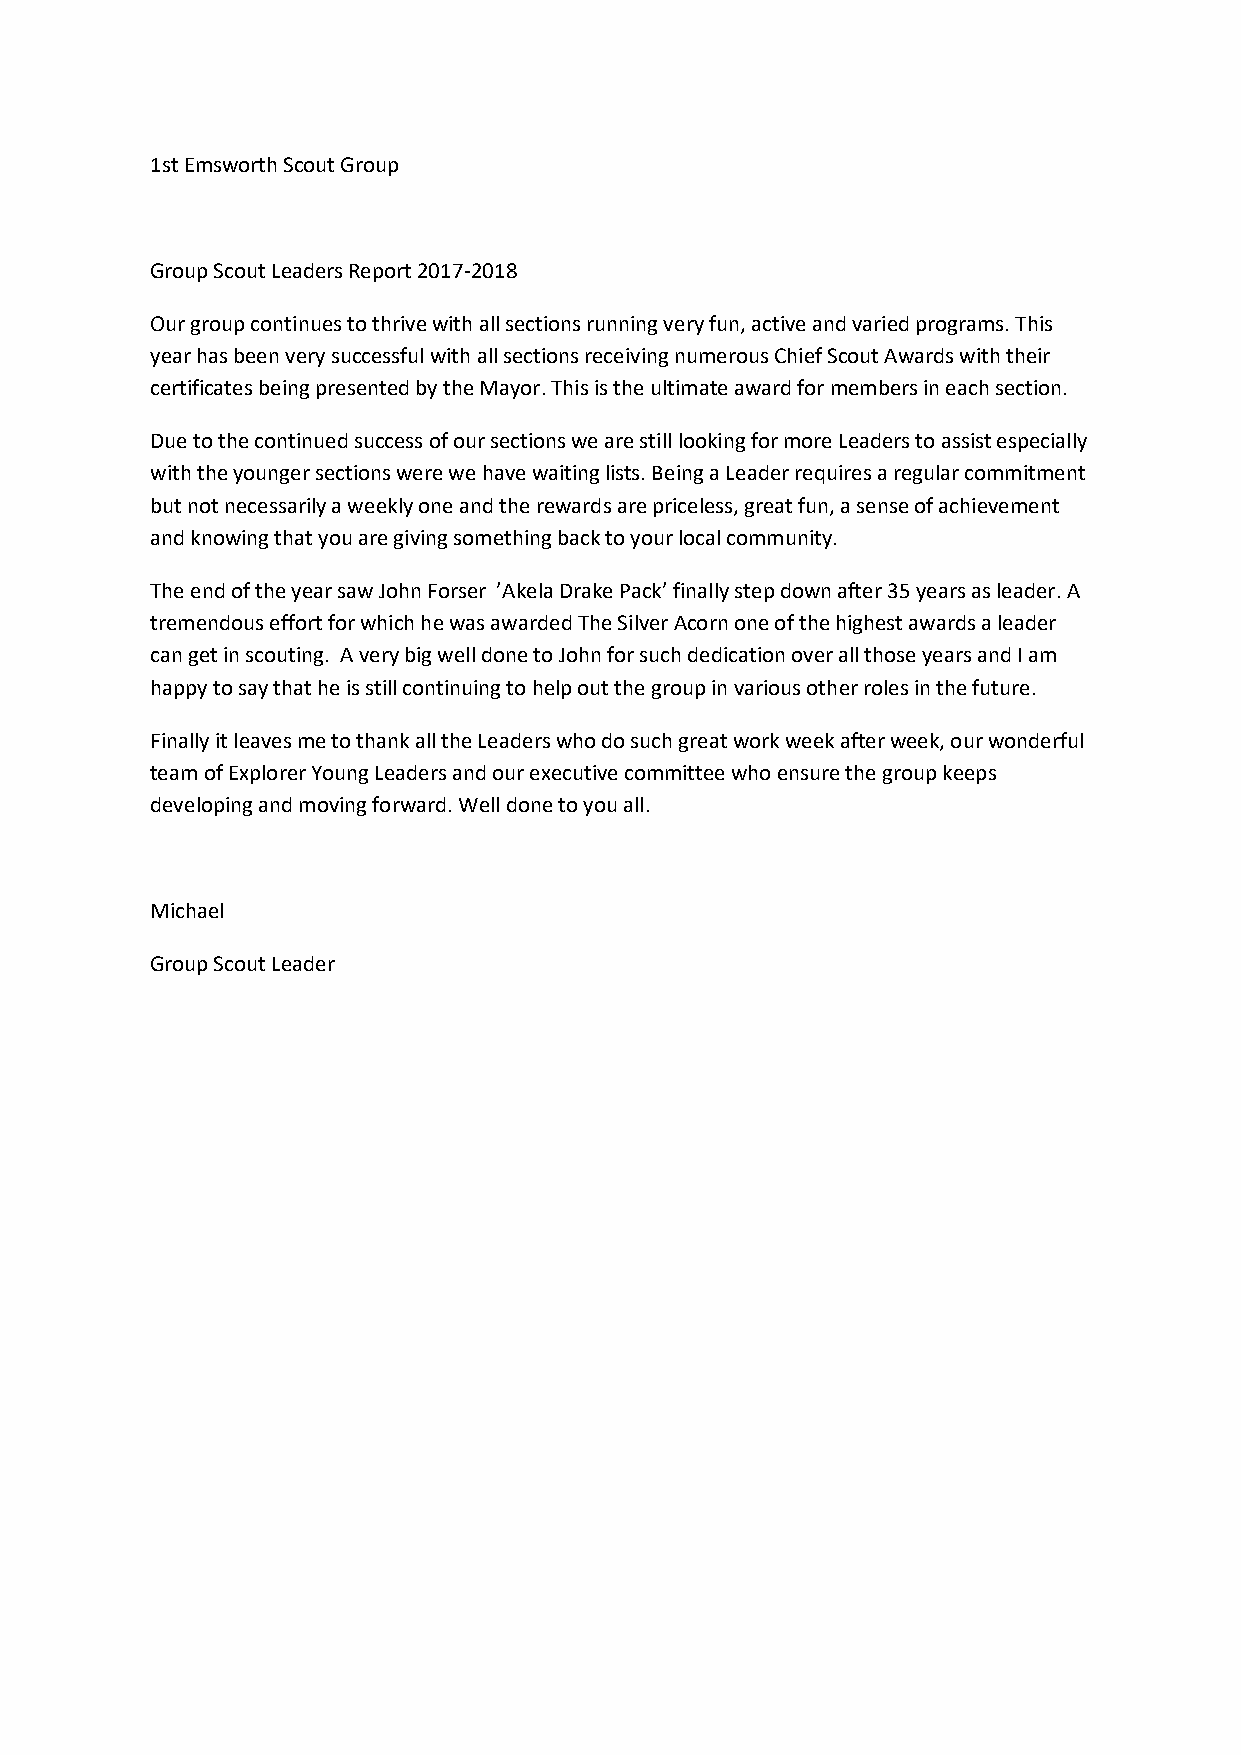
1st Emsworth Scout Group
 Group Scout Leaders Report 2017-2018
 Our group continues to thrive with all sections running very fun, active and varied programs. This
 year has been very successful with all sections receiving numerous Chief Scout Awards with their
 certificates being presented by the Mayor. This is the ultimate award for members in each section.
 Due to the continued success of our sections we are still looking for more Leaders to assist especially
 with the younger sections were we have waiting lists. Being a Leader requires a regular commitment
 but not necessarily a weekly one and the rewards are priceless, great fun, a sense of achievement
 and knowing that you are giving something back to your local community.
 The end of the year saw John Forser ’Akela Drake Pack’ finally step down after 35 years as leader. A
 tremendous effort for which he was awarded The Silver Acorn one of the highest awards a leader
 can get in scouting. A very big well done to John for such dedication over all those years and I am
 happy to say that he is still continuing to help out the group in various other roles in the future.
 Finally it leaves me to thank all the Leaders who do such great work week after week, our wonderful
 team of Explorer Young Leaders and our executive committee who ensure the group keeps
 developing and moving forward. Well done to you all.
 Michael
 Group Scout Leader